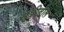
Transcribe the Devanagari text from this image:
सुट्टीतील